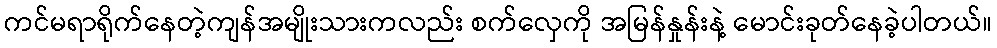
ကင်မရာရိုက်နေတဲ့ကျန်အမျိုးသားကလည်း စက်လှေကို အမြန်နှုန်းနဲ့ မောင်းခုတ်နေခဲ့ပါတယ်။